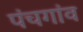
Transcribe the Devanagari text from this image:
पंचगांव